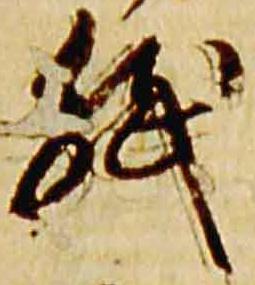
紙